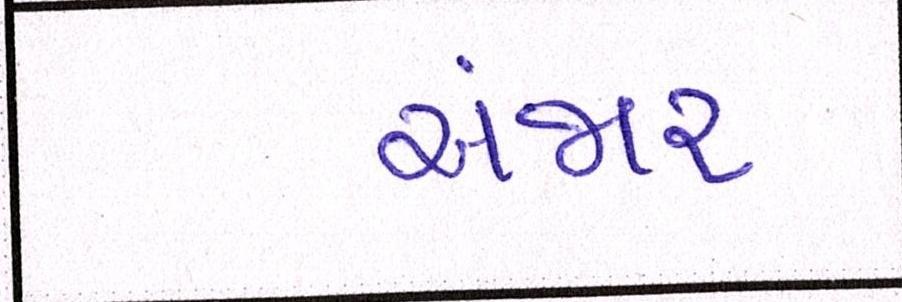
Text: અંજાર